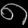
Digit: ၈